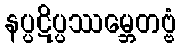
နပ္ပဋိပ္ပဿမ္ဘေတဗ္ဗံ